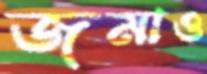
জমাও